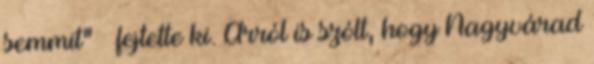
semmit” – fejtette ki. Arról is szólt, hogy Nagyvárad